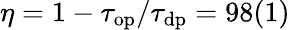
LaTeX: \eta=1-\tau_{\mathrm{op}}/\tau_{\mathrm{dp}}=98(1)\